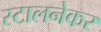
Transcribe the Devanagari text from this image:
स्टालनेकर